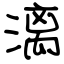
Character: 漓